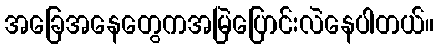
အခြေအနေတွေကအမြဲပြောင်းလဲနေပါတယ်။